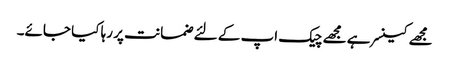
مجھے کینسر ہے مجھے چیک اپ کے لئے ضمانت پر رہا کیا جائے۔